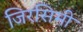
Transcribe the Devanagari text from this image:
जिरसिमी